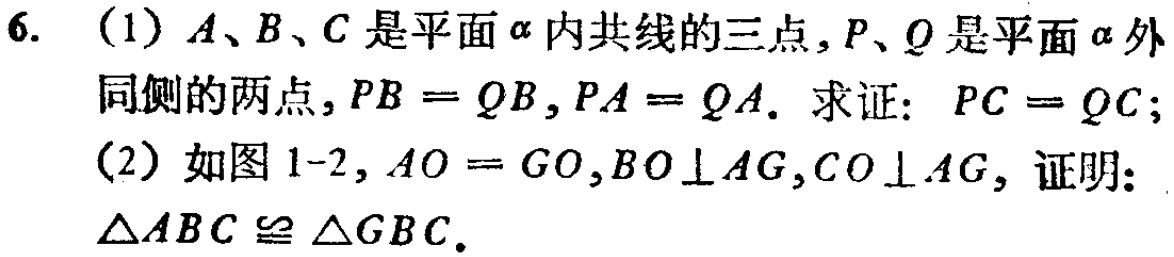
6. (1) \(A、B、C\)是平面\(\alpha\)内共线的三点，\(P、Q\)是平面\(\alpha\)外同侧的两点，\(PB = QB\)，\(PA = QA\). 求证：\(PC = QC\)；
(2) 如图1 - 2，\(AO = GO\)，\(BO\perp AG\)，\(CO\perp AG\)，证明：\(\triangle ABC\cong\triangle GBC\).